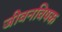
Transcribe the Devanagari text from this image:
जीवनविषक